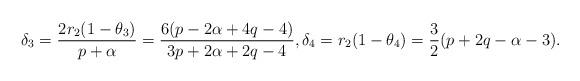
LaTeX: \begin{align*}\delta_{3}=\frac{2r_{2}(1-\theta_{3})}{p+\alpha}=\frac{6(p-2\alpha+4q-4)}{3p+2\alpha+2q-4},\delta_4=r_{2}(1-\theta_{4})=\frac{3}{2}(p+2q-\alpha-3).\end{align*}